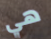
هي